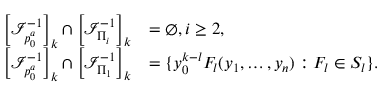
\begin{array} { r l } { \left[ \mathcal { I } _ { p _ { 0 } ^ { a } } ^ { - 1 } \right] _ { k } \cap \left[ \mathcal { I } _ { \Pi _ { i } } ^ { - 1 } \right] _ { k } } & { = \emptyset , i \ge 2 , } \\ { \left[ \mathcal { I } _ { p _ { 0 } ^ { a } } ^ { - 1 } \right] _ { k } \cap \left[ \mathcal { I } _ { \Pi _ { 1 } } ^ { - 1 } \right] _ { k } } & { = \{ y _ { 0 } ^ { k - l } F _ { l } ( y _ { 1 } , \dots , y _ { n } ) : F _ { l } \in S _ { l } \} . } \end{array}